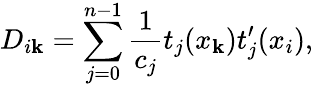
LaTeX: D_{i\mathbf{k}}=\sum_{j=0}^{n-1}\frac{{1}}{{c_{j}}}t_{j}(x_{\mathbf{k}})t_{j}^{\prime}(x_{i}),